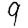
Digit: 9